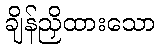
ချိန်ညှိထားသော